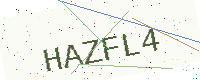
Text: HAZFL4